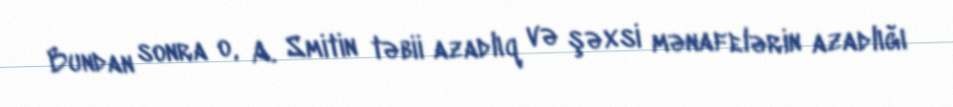
Bundan sonra o, A. Smitin təbii azadlıq və şəxsi mənafelərin azadlığı